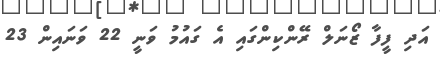
އަދި ފީފާ ޒޯނަލް ރޭންކިންގައި އެ ގައުމު ވަނީ 22 ވަނައިން 23